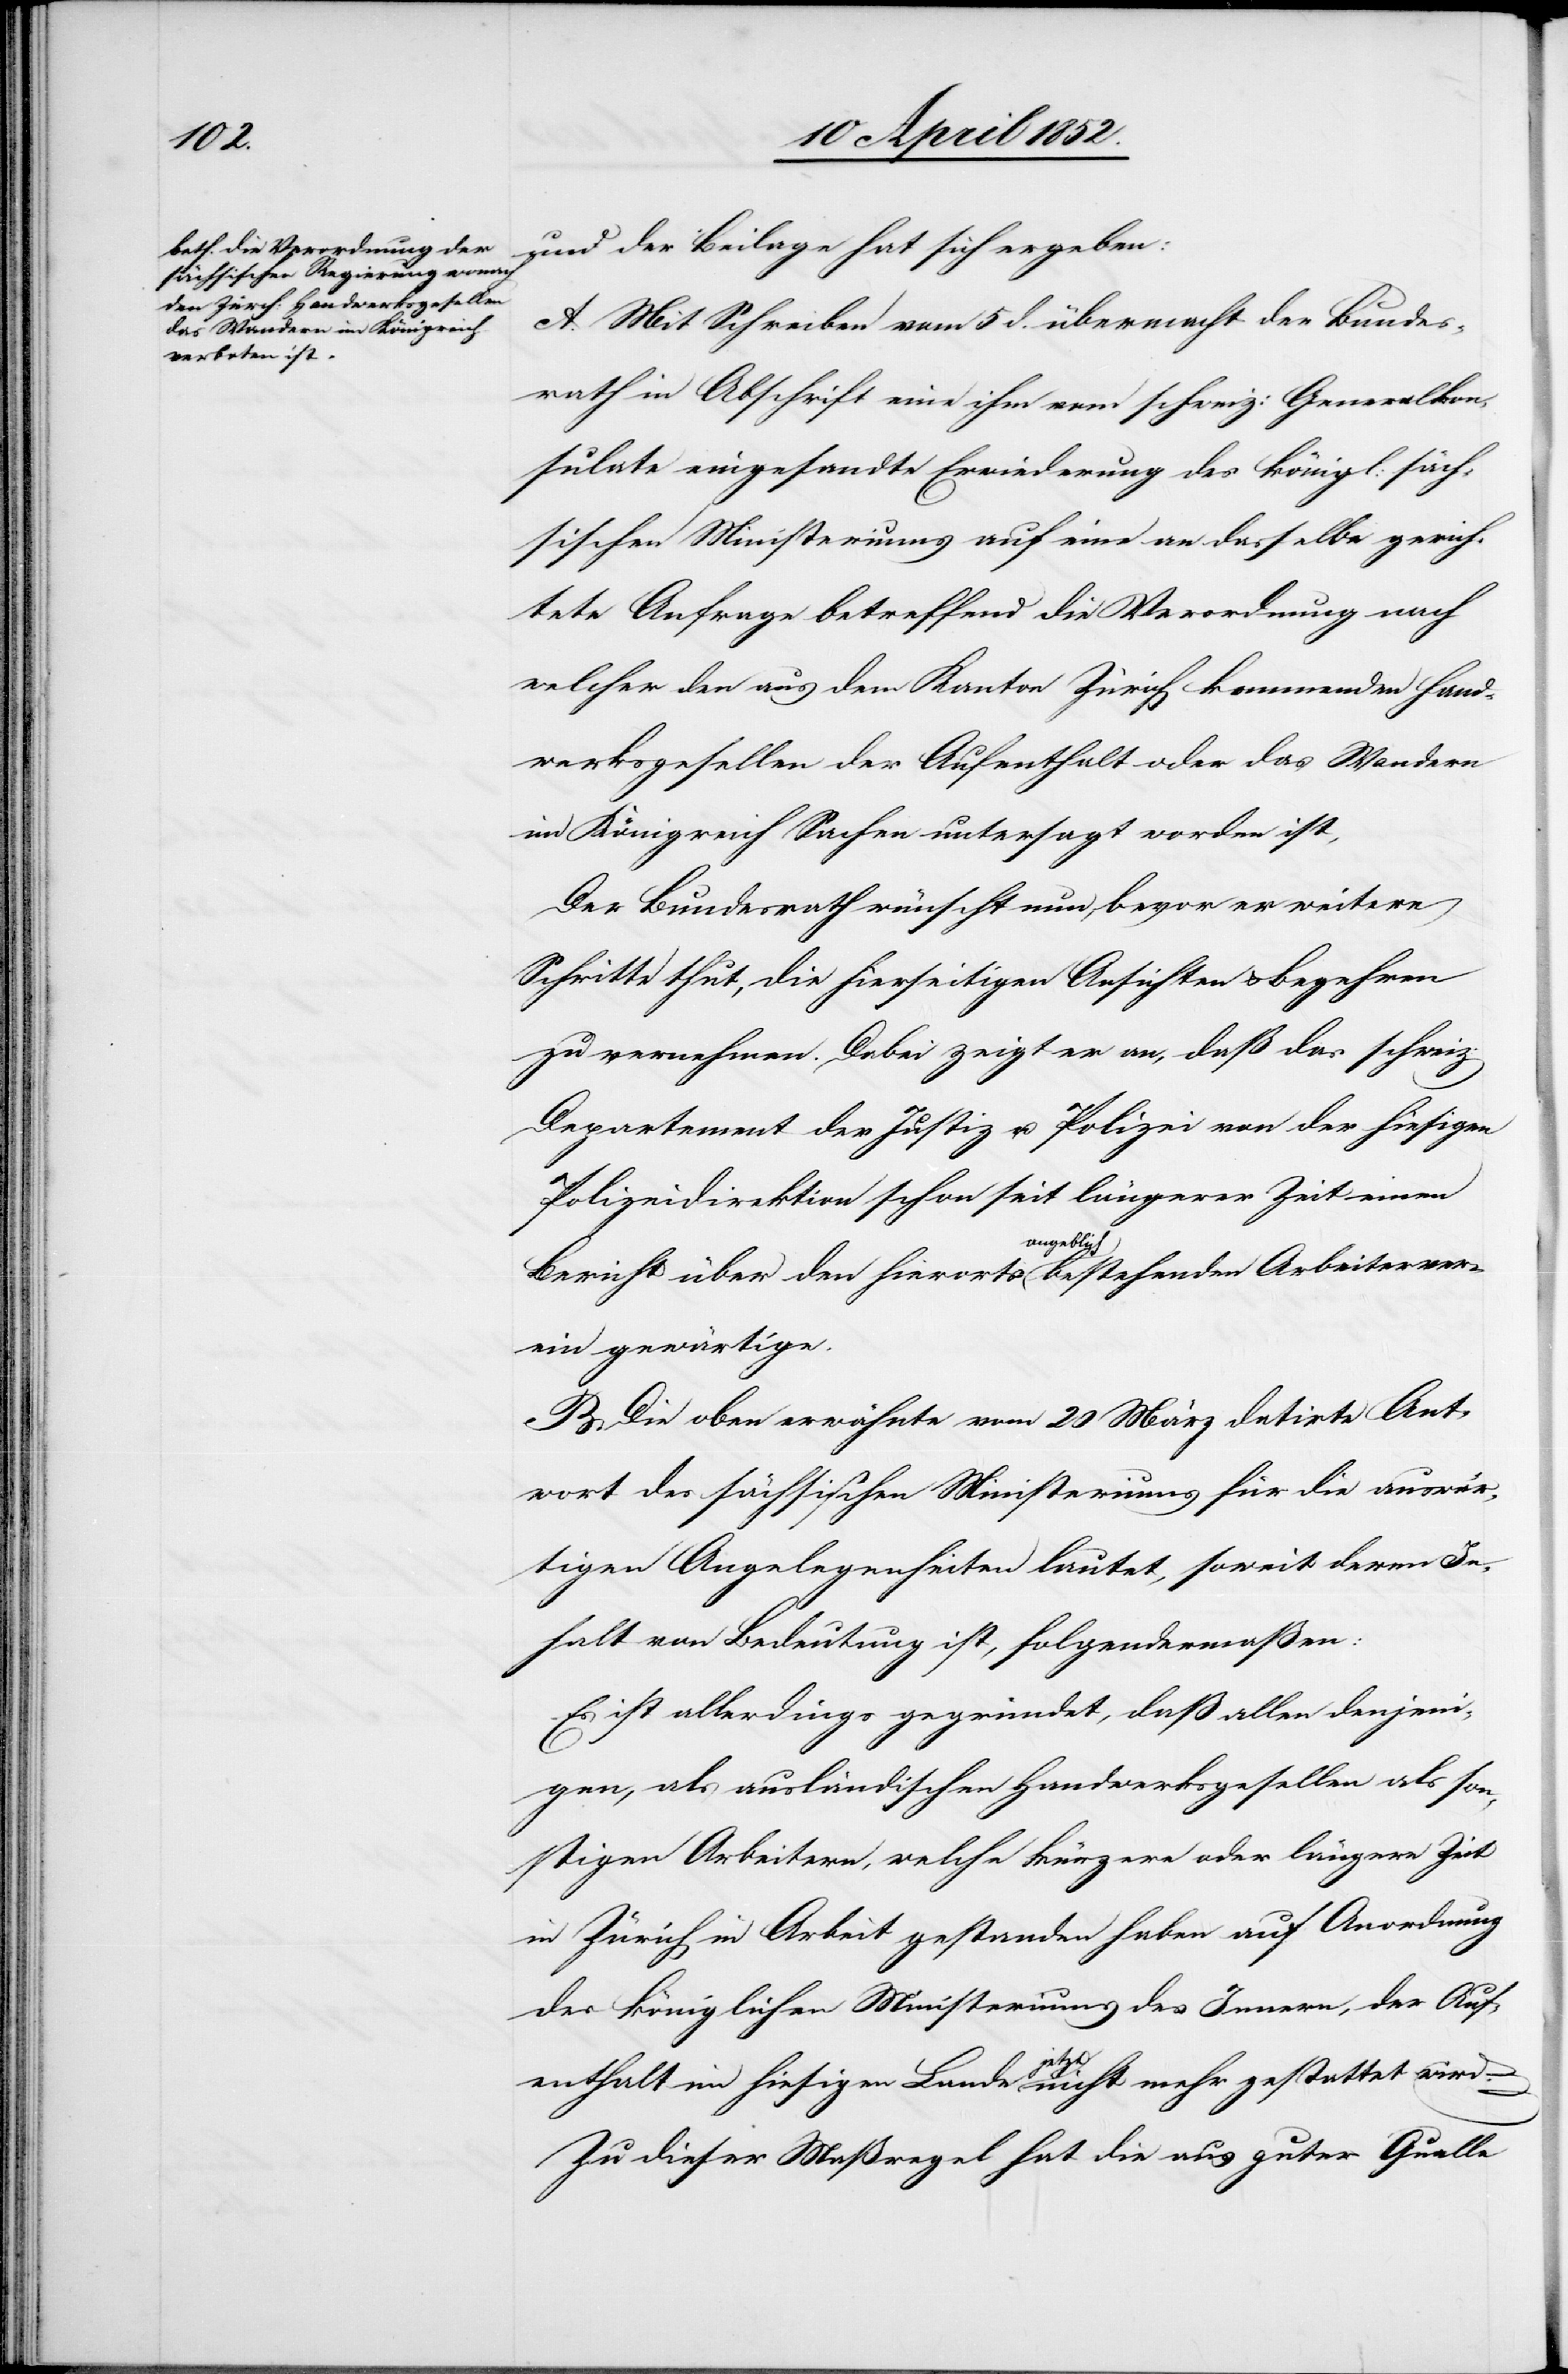
und der Beilage hat sich ergeben:
A. Mit Schreiben vom 5 d. übermacht der Bundes¬
rath in Abschrift eine ihm vom schweiz: Generalkon¬
sulate eingesandte Erwiederung des königl: säch¬
sischen Ministeriums auf eine an dasselbe gerich¬
tete Anfrage betreffend die Verordnung nach
welcher den aus dem Kanton Zürich kommenden Hand¬
werksgesellen der Aufenthalt oder das Wandern
im Königreich Sach[s]en untersagt worden ist,
Der Bundesrath wünscht nun, bevor er weitere
Schritte thut, die hierseitigen Ansichten & Begehren
zu vernehmen. Dabei zeigt er an, daß das schweiz:
Departement der Justiz u. Polizei von der hiesigen
Polizeidirektion schon seit längerer Zeit einen
Bericht über den hierorts angeblich bestehenden Arbeiterver¬
ein gewärtige.
B. Die oben erwähnte vom 20 März datirte Ant¬
wort des sächsischen Ministeriums für die auswär¬
tigen Angelegenheiten lautet, soweit deren In¬
halt von Bedeutung ist, folgendermaßen:
Es ist allerdings gegründet, daß allen denjeni¬
gen, als ausländischen Handwerksgesellen als son¬
stigen Arbeitern, welche kürzere oder längere Zeit
in Zürich in Arbeit gestanden haben auf Anordnung
des königlichen Ministeriums des Innern, der Auf¬
enthalt im hiesigen Lande jetzt nicht mehr gestattet wird.
Zu dieser Maßregel hat die aus guter Quelle